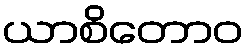
ယာစိတောဝ